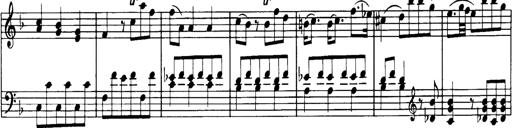
Title: Sonatine in C
Composer: Anton Eberl
Key: C major